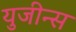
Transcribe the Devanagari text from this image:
युजीन्स